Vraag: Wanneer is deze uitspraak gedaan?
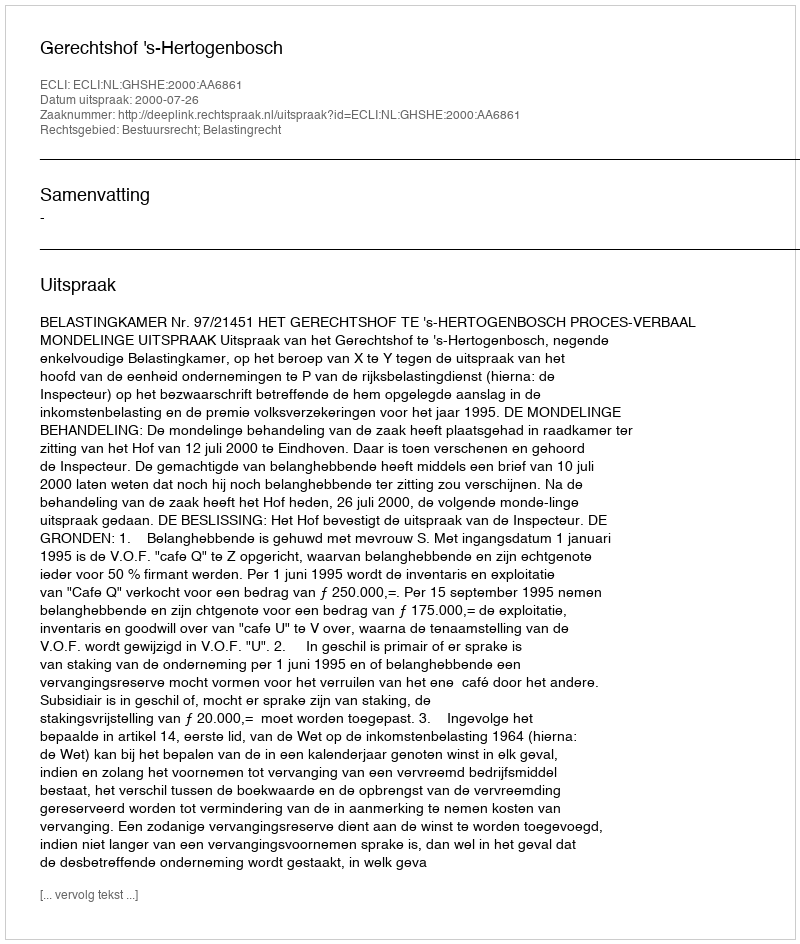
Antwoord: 2000-07-26